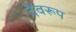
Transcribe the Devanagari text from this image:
देवरूप